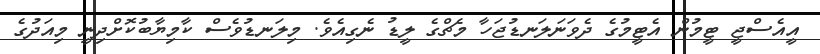
އީއެސްޖީ ޓީމުން އެޓީމުގެ ދެވަނަލަނޑުޖަހާ މެޗްގެ ލީޑު ނެގިއެވެ. މިލަނޑުވެސް ކާމިޔާބުކޮށްދިނީ މިއަދުގެ